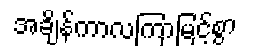
အချိန်ကာလကြာမြင့်စွာ